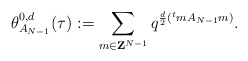
\begin{align*}\theta_{A_{N-1}}^{0,d}(\tau):=\sum_{m\in {\bf Z}^{N-1}}q^{\frac{d}{2}({}^{t}m A_{N-1}m)}.\end{align*}